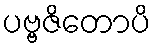
ပဗ္ဗဇိတောပိ